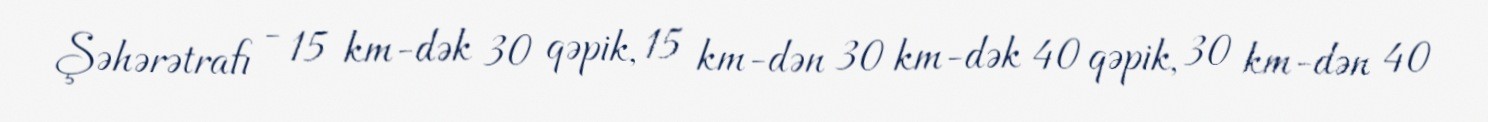
Şəhərətrafı - 15 km-dək 30 qəpik, 15 km-dən 30 km-dək 40 qəpik, 30 km-dən 40